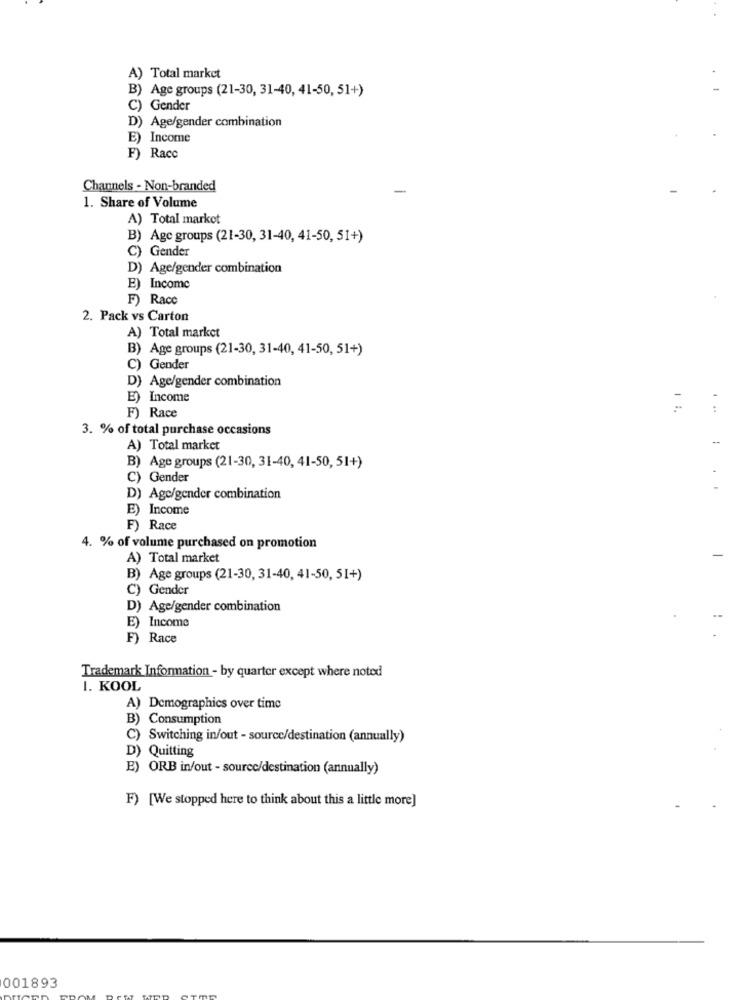
A) Total market
) Age groups (21-30, 31-40, 41-50, 51+)
) Gender
D) Age/gender combination
E) Income
F) Racc
Channels - Non-branded
1. Share of Volume
A) Total markot
B) Age groups (21-30, 31-40, 41-50, 51+)
) Gender
D) Age/gender combination
) Income
F) Race
2. Pack vs Carton
A) Total market
B) Age groups (21-30, 31-40, 41-50, 51+)
C) Gender
D) Age/gender combination
E) Income
F) Race
3. % of total purchase occasions
A) Total market
B) Age groups (21-30, 31-40, 41-50, 51+)
C) Gender
D) Age/gender combination
E) Income
F) Race
4. % of volume purchased on promotion
A) Total market
-
B) Age groups (21-30, 31-40, 41-50, 51+)
C) Gender
D) Age/gender combination
E) Income
Race
Trademark Information - by quarter except where noted
1. KOOL
A) Demographics over time
B) Consumption
C) Switching in/out - source/destination (annually)
Quitting
ORB in/out - source/destination (annually)
F) [We stopped here to think about this a little more]
001893